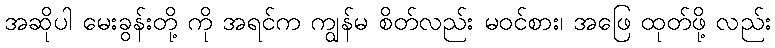
အဆိုပါ မေးခွန်းတို့ ကို အရင်က ကျွန်မ စိတ်လည်း မဝင်စား၊ အဖြေ ထုတ်ဖို့ လည်း